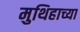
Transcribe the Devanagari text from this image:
मुथिहाच्या